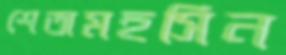
শেতামহসিন